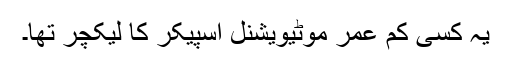
یہ کسی کم عمر موٹیویشنل اسپیکر کا لیکچر تھا۔